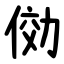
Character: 俲